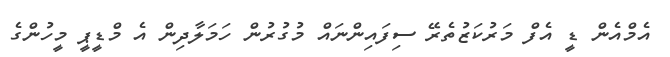
އެމްއެން ޑީ އެފް މަރުކަޒުތެރޭ ސިފައިންނައް މުގުރުން ހަމަލާދިން އެ މްޑީޕީ މީހުންގެ